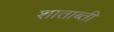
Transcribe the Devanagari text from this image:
शाताब्ती